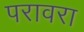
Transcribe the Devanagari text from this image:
परावरा